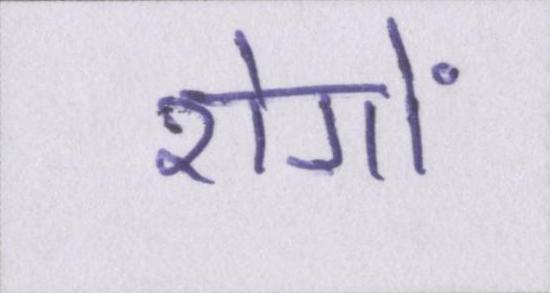
रोगों